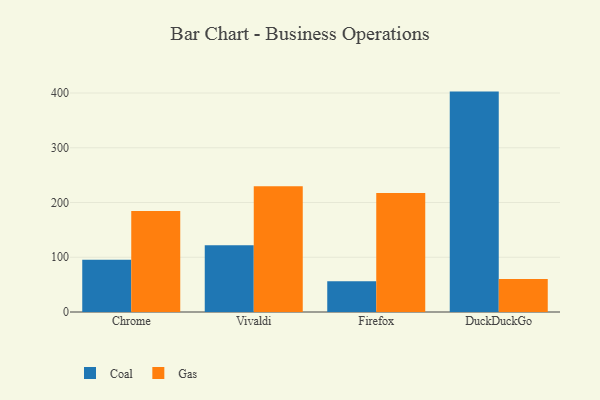
{"axis": {"x": "Browser", "y": "Humidity (%)"}, "legend": ["Coal", "Gas"], "data": [{"x": "Chrome", "y": 95.6, "type": "Coal"}, {"x": "Chrome", "y": 184.6, "type": "Gas"}, {"x": "Vivaldi", "y": 122.0, "type": "Coal"}, {"x": "Vivaldi", "y": 229.7, "type": "Gas"}, {"x": "Firefox", "y": 56.0, "type": "Coal"}, {"x": "Firefox", "y": 217.3, "type": "Gas"}, {"x": "DuckDuckGo", "y": 402.6, "type": "Coal"}, {"x": "DuckDuckGo", "y": 60.5, "type": "Gas"}]}